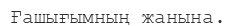
Ғашығымның жанына.